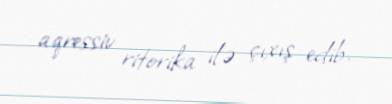
aqressiv ritorika ilə çıxış edib.